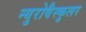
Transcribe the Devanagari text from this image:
न्युरोवैस्कुलर